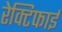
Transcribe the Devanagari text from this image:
रेक्टिफाई